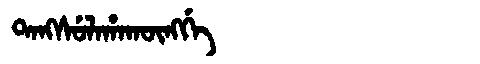
Manchu: ᡨᠠᠩᠰᡠᠯᠠᡥᠠᡴᡡᠩᡤᡝ
Romanization: TANGSULAHAKŪNGGE